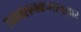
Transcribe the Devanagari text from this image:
प्रकाशनक्रमानुसार